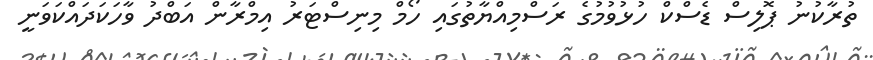
ތުރާކުނު ޕޮލިސް ޑެސްކް ހުޅުވުމުގެ ރަސްމިއްޔާތުގައި ހޯމް މިނިސްޓަރު އިމްރާން އަބްދު ވާހަކަދައްކަވަނީ